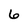
Character: 6